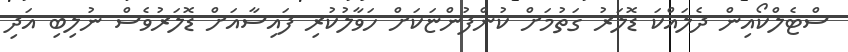
ސްޓެލްކޯއިން ދެލައްކަ ޑޮލަރު ގަތުމަށް ކުންފުންޏަކަށް ހަވާލުކުރި ފައިސާއަށް ޑޮލަރުވެސް ނުލިބި އަދި